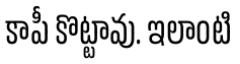
కాపీ కొట్టావు. ఇలాంటి